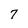
Character: 7